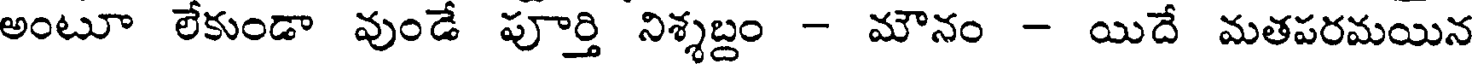
అంటూ లేకుండా వుండే పూర్తి నిశ్శబ్దం - మౌనం - యిదే మతపరమయిన